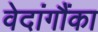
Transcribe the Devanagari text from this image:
वेदांगौंका